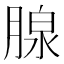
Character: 腺